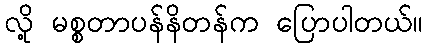
လို့ မစ္စတာပန်နိတန်က ပြောပါတယ်။